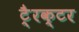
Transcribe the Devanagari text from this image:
टै्रक्टर